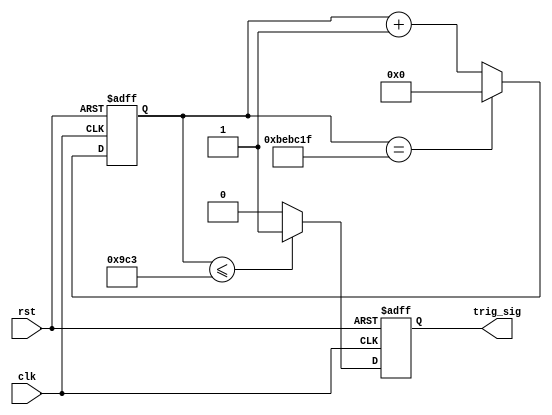
`timescale 1ns / 1ps
//////////////////////////////////////////////////////////////////////////////////
// Company: 
// Engineer: 
// 
// Design Name: 
// Module Name: distance_trig
// Project Name: 
// Target Devices: 
// Tool Versions: 
// Description: 
// 
// Dependencies: 
// 
// Revision:
// Revision 0.01 - File Created
// Additional Comments:
// 
//////////////////////////////////////////////////////////////////////////////////



module distance_trig(
clk,rst,trig_sig
    );
     input clk,rst;
     output trig_sig;
     
     reg r_sig;
     reg [23:0] count;
     parameter T100MS=124_999_99;
     parameter T20US=2499;

     always @(posedge clk,posedge rst)
     begin 
        if(rst) count<=0;
        else if(count==T100MS)begin count<=0;  end
        else count<=count+1;
     end

     always @(posedge clk,posedge rst)
     begin
        if(rst) r_sig<=0;
        else if(count<=T20US) r_sig<=1;
        else r_sig<=0;
     end

     assign trig_sig=r_sig;

endmodule